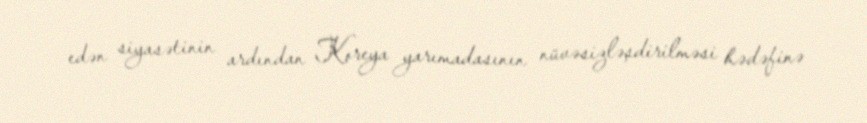
edən siyasətinin ardından Koreya yarımadasının nüvəsizləşdirilməsi hədəfinə